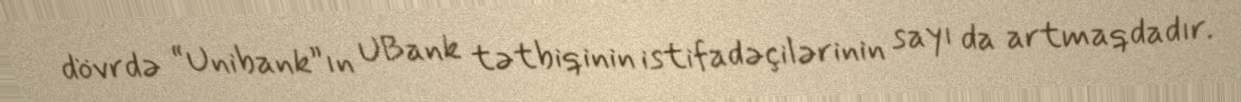
dövrdə “Unibank”ın UBank tətbiqinin istifadəçilərinin sayı da artmaqdadır.